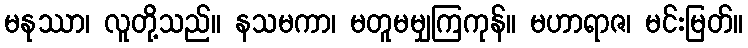
မနုဿာ၊ လူတို့သည်။ နသမကာ၊ မတူမမျှကြကုန်။ မဟာရာဇ၊ မင်းမြတ်။